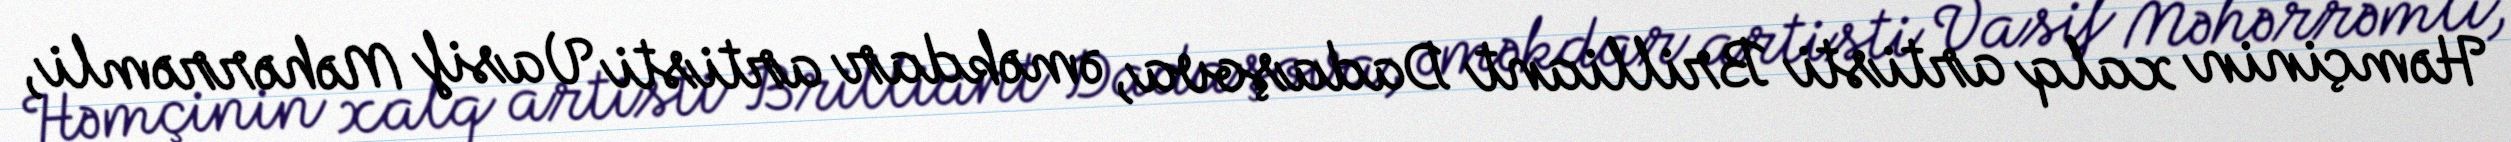
Həmçinin xalq artisti Brilliant Dadaşova, əməkdar artisti Vasif Məhərrəmli,